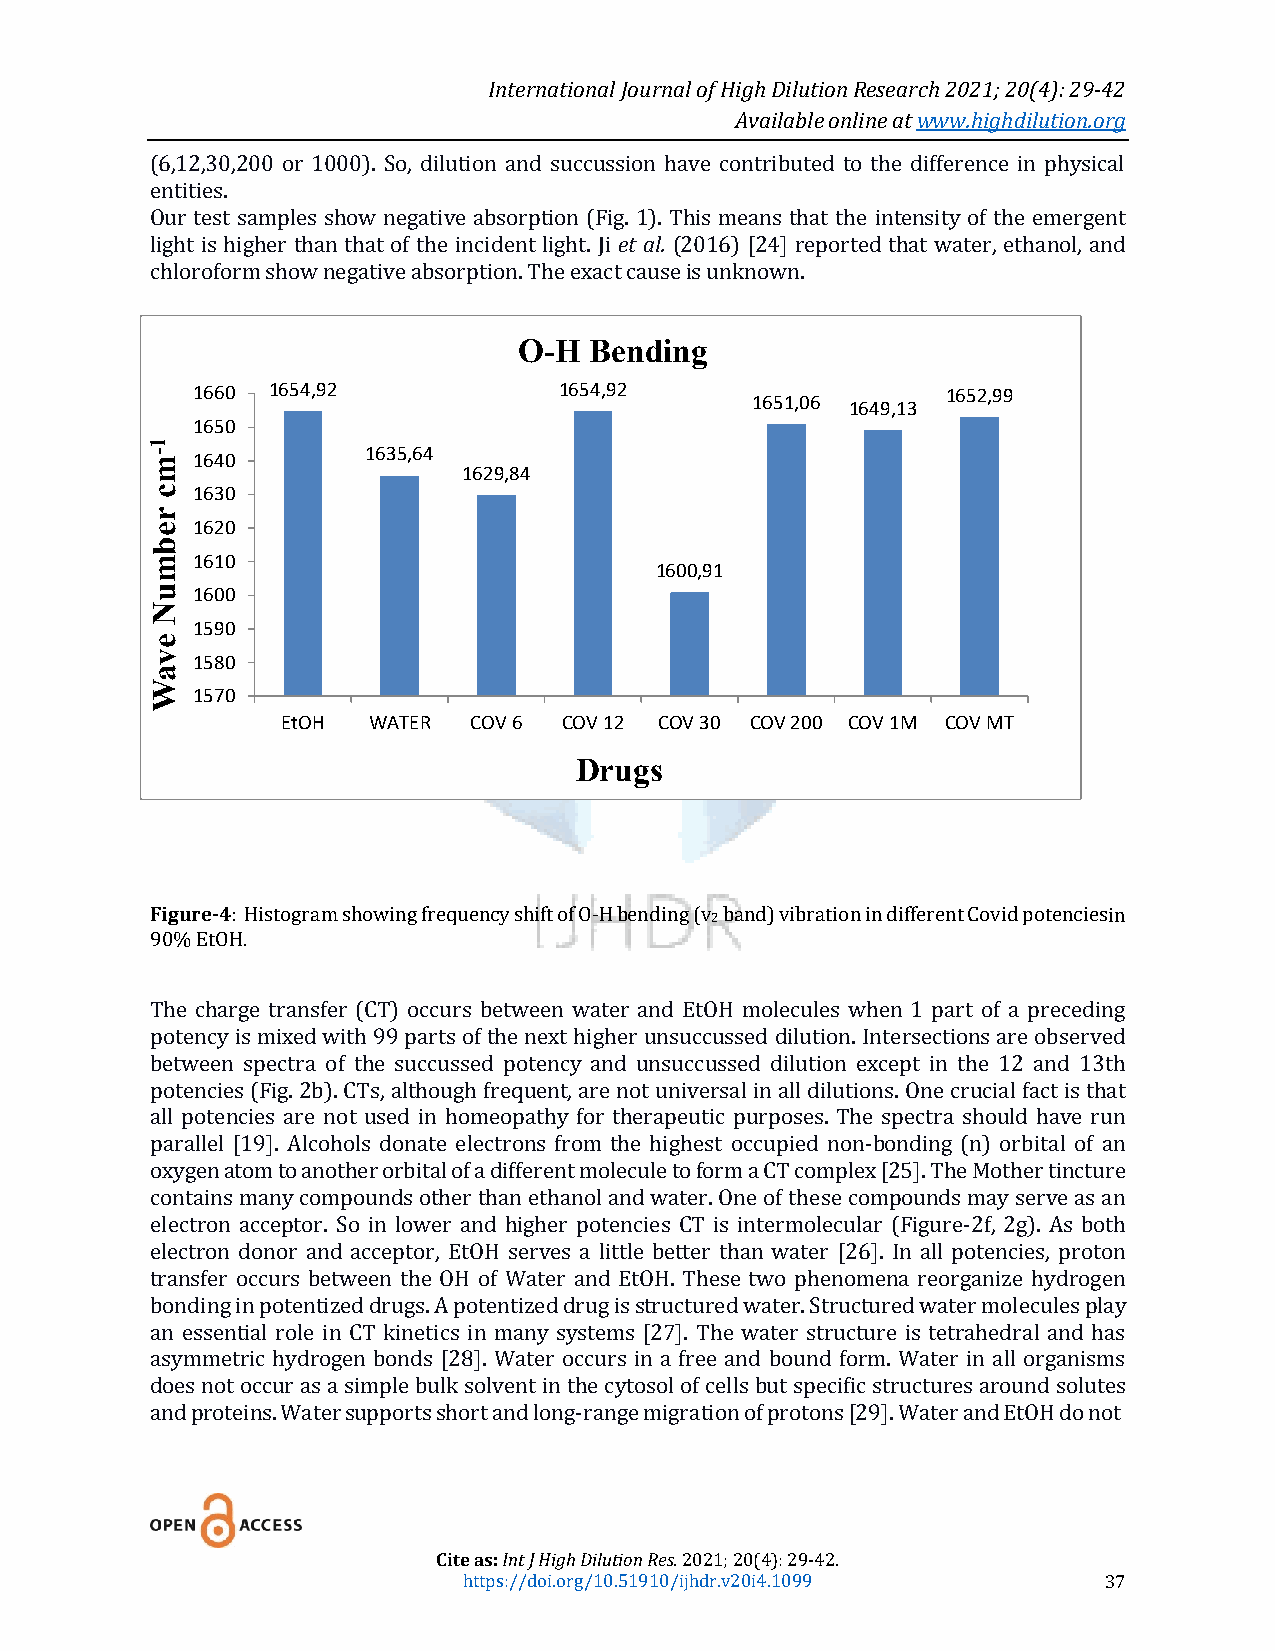
International Journal of High Dilution Research 2021; 20(4): 29-42
 Available online at www.highdilution.org
 (6,12,30,200 or 1000). So, dilution and succussion have contributed to the difference in physical
 entities.
 Our test samples show negative absorption (Fig. 1). This means that the intensity of the emergent
 light is higher than that of the incident light. Ji et al. (2016) [24] reported that water, ethanol, and
 chloroform show negative absorption. The exact cause is unknown.
 O-H  Bending
 1660 1654,92            1654,92                   1652,99
 1651,06
 1649,13
 1650
 1
 - m 1640      1635,64
 1629,84
 c  1630
 r
 e  1620
 b
 m  1610
 1600,91
 u  1600
 N
 1590
 e
 v  1580
 a
 W
 1570
 EtOH WATER  COV 6 COV 12 COV 30 COV 200 COV 1M COV MT
 Drugs
 Figure-4: Histogram showing frequency shift of O-H bending (v 2 band) vibration in different Covid potencies in
 90% EtOH.
 The charge transfer (CT) occurs between water and EtOH molecules when 1 part of a preceding
 potency is mixed with 99 parts of the next higher unsuccussed dilution. Intersections are observed
 between spectra of the succussed potency and unsuccussed dilution except in the 12 and 13th
 potencies (Fig. 2b). CTs, although frequent, are not universal in all dilutions. One crucial fact is that
 all potencies are not used in homeopathy for therapeutic purposes. The spectra should have run
 parallel [19]. Alcohols donate electrons from the highest occupied non-bonding (n) orbital of an
 oxygen atom to another orbital of a different molecule to form a CT complex [25]. The Mother tincture
 contains many compounds other than ethanol and water. One of these compounds may serve as an
 electron acceptor. So in lower and higher potencies CT is intermolecular (Figure-2f, 2g). As both
 electron donor and acceptor, EtOH serves a little better than water [26]. In all potencies, proton
 transfer occurs between the OH of Water and EtOH. These two phenomena reorganize hydrogen
 bonding in potentized drugs. A potentized drug is structured water. Structured water molecules play
 an essential role in CT kinetics in many systems [27]. The water structure is tetrahedral and has
 asymmetric hydrogen bonds [28]. Water occurs in a free and bound form. Water in all organisms
 does not occur as a simple bulk solvent in the cytosol of cells but specific structures around solutes
 and proteins. Water supports short and long-range migration of protons [29]. Water and EtOH do not
 Cite as: Int J High Dilution Res. 2021; 20(4): 29-42.
 https://doi.org/10.51910/ijhdr.v20i4.1099 37